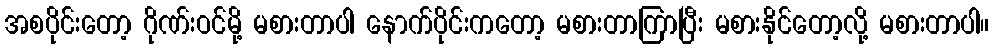
အစပိုင်းတော့ ဂိုဏ်းဝင်မို့ မစားတာပါ နောက်ပိုင်းကတော့ မစားတာကြာပြီး မစားနိုင်တော့လို့ မစားတာပါ။